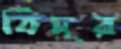
বিদূর